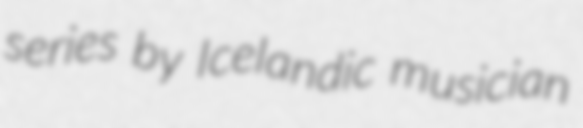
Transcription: series by Icelandic musician